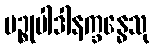
ပဉ္စုပါဒါနက္ခန္ဓေသု